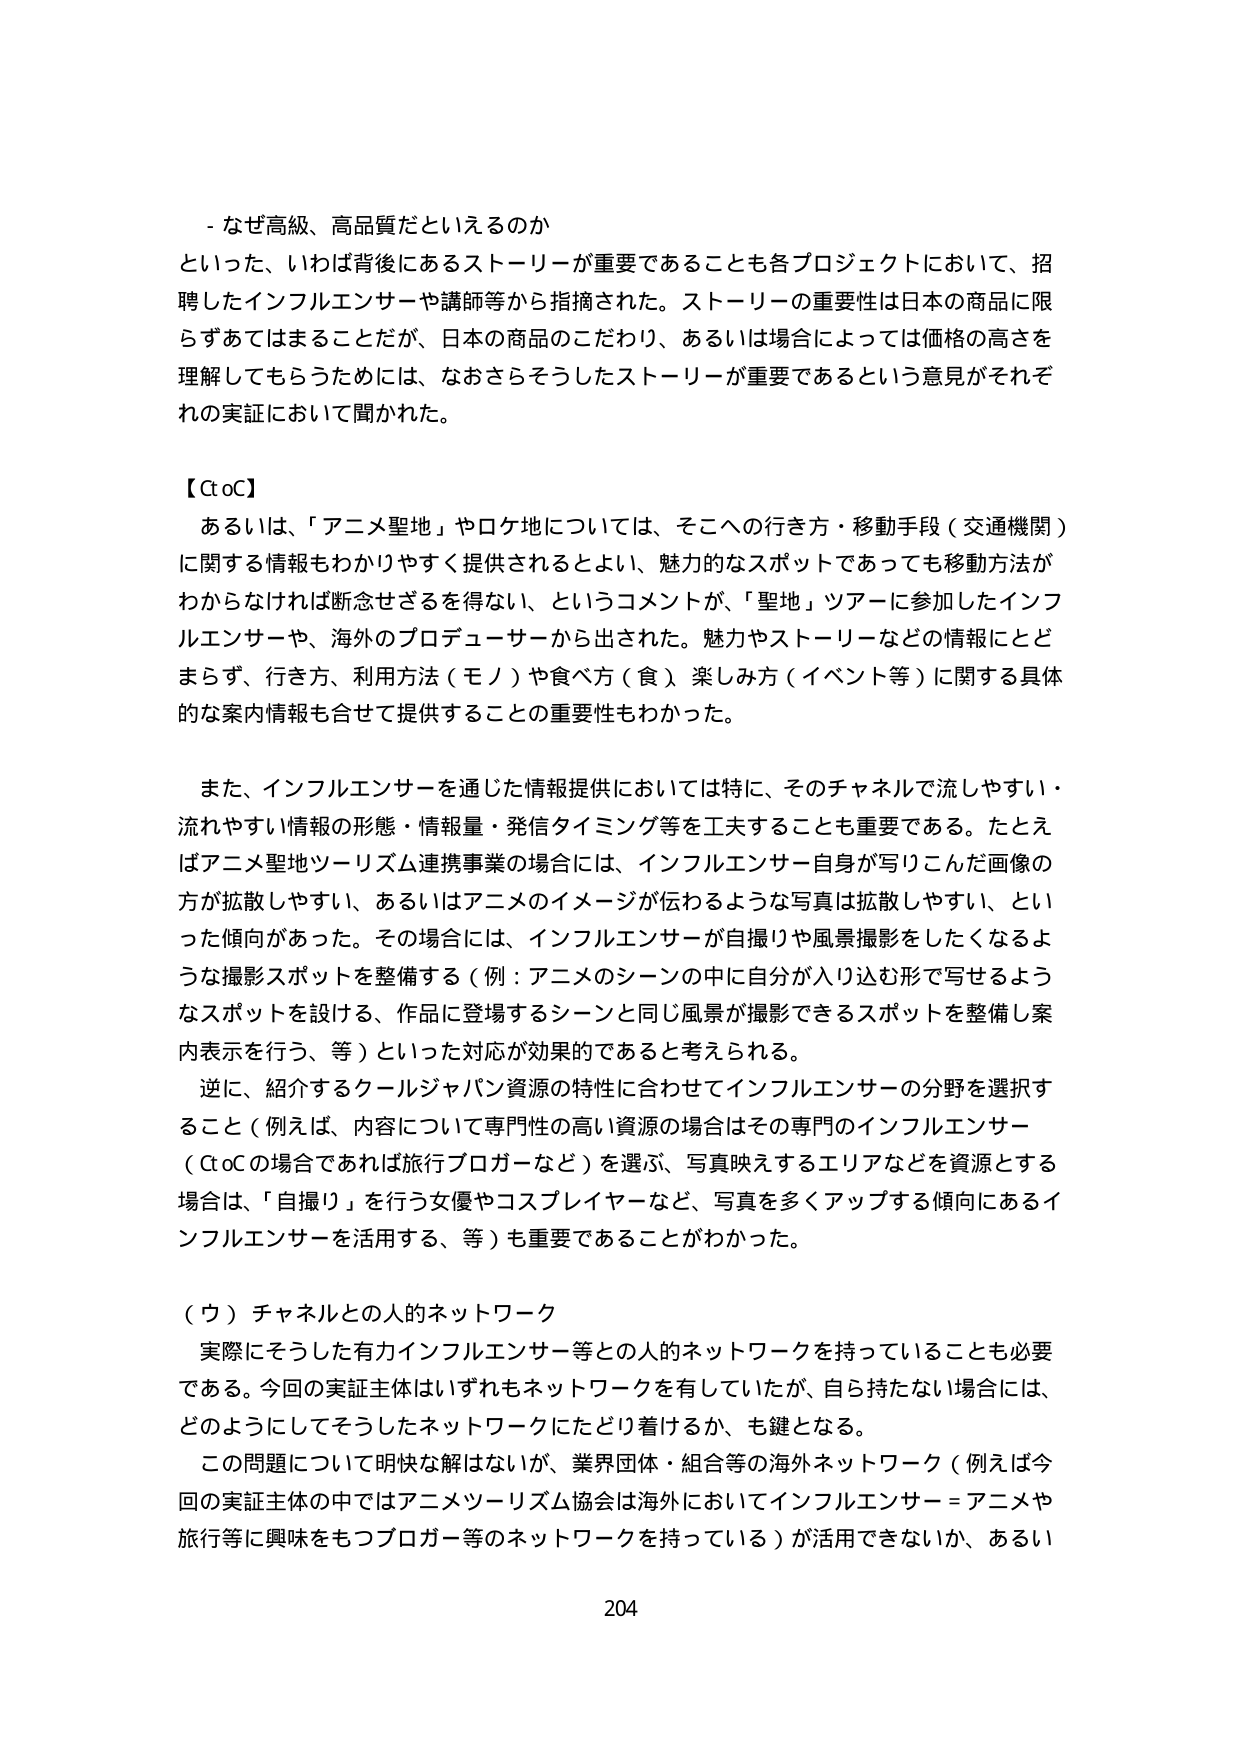
- なぜ高級、高品質だといえるのか
といった、いわば背後にあるストーリーが重要であることも各プロジェクトにおいて、招聘したインフルエンサーや講師等から指摘された。ストーリーの重要性は日本の商品に限らずあてはまることだが、日本の商品のこだわり、あるいは場合によっては価格の高さを理解してもらうためには、なおさらそうしたストーリーが重要であるという意見がそれぞれの実証において聞かれた。

【CtoC】
あるいは、「アニメ聖地」やロケ地については、そこへの行き方・移動手段（交通機関）に関する情報もわかりやすく提供されるといい、魅力的なスポットであっても移動方法がわからなければ断念せざるを得ない、というコメントが、「聖地」ツアーに参加したインフルエンサーや、海外のプロデューサーから出された。魅力やストーリーなどの情報にとどまらず、行き方、利用方法（モノ）や食べ方（食）、楽しみ方（イベント等）に関する具体的な案内情報も合せて提供することの重要性もわかった。

また、インフルエンサーを通じた情報提供においては特に、そのチャネルで流しやすい・流れやすい情報の形態・情報量・発信タイミング等を工夫することも重要である。たとえばアニメ聖地ツーリズム連携事業の場合には、インフルエンサー自身が写りこんだ画像の方が拡散しやすい、あるいはアニメのイメージが伝わるような写真は拡散しやすい、といった傾向があった。その場合には、インフルエンサーが自撮りや風景撮影をしたくなるような撮影スポットを整備する（例：アニメのシーンの中に自分が入り込む形で写せるようなスポットを設ける、作品に登場するシーンと同じ風景が撮影できるスポットを整備し案内表示を行う、等）といった対応が効果的であると考えられる。

逆に、紹介するクールジャパン資源の特性に合わせてインフルエンサーの分野を選択すること（例えば、内容について専門性の高い資源の場合はその専門のインフルエンサー（CtoCの場合であれば旅行ブロガーなど）を選ぶ、写真映えるエリアなどを資源とする場合は、「自撮り」を行う女優やコスプレイヤーなど、写真を多くアップする傾向にあるインフルエンサーを活用する、等）も重要であることがわかった。

（ウ）チャネルとの人的ネットワーク
実際にそうした有力インフルエンサー等との人的ネットワークを持っていることも必要である。今回の実証主体はいずれもネットワークを有していたが、自ら持たない場合には、どのようにしてそうしたネットワークにたどり着けるか、も鍵となる。

この問題について明快な解はないが、業界団体・組合等の海外ネットワーク（例えば今回の実証主体の中ではアニメツーリズム協会は海外においてインフルエンサー＝アニメや旅行等に興味をもつブロガー等のネットワークを持っている）が活用できないか、あるい

204